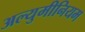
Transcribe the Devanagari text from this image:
अल्युमीनियम